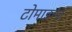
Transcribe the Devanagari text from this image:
टोमाइन्ज़